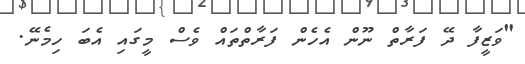
"ވަޒީފާ ދޭ ފަރާތް ނޫން އެހެން ފަރާތްތައް ވެސް މީގައި އެބަ ހިމެނޭ.